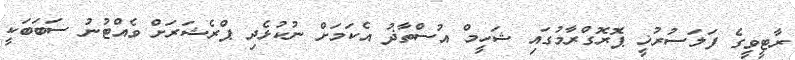
ރާޓީވީގެ ފަލަސުރުޚީ ޕޮރޮގްރާމުގައި ޝަހީމް އުސްތާޛު އެކަމަށް ނުކުޅެދި ޕްރެޝަރަށް ވެއްޓުނު ސަބަބަކީ